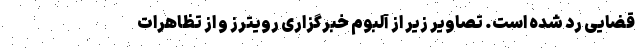
قضایی رد شده است. تصاویر زیر از آلبوم خبرگزاری رویترز و از تظاهرات